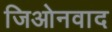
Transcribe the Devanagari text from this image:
जिओनवाद